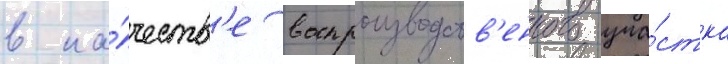
в ка́честв'е воспроизводств'енного уча́стка